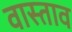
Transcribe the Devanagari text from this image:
वास्ताव